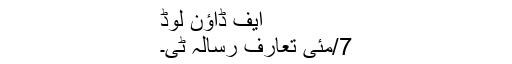
ایف ڈاؤن لوڈ
7/مئی تعارف رسالہ ٹی۔